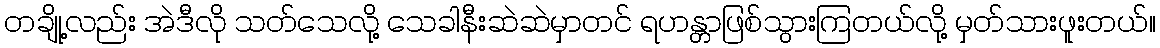
တချို့လည်း အဲဒီလို သတ်သေလို့ သေခါနီးဆဲဆဲမှာတင် ရဟန္တာဖြစ်သွားကြတယ်လို့ မှတ်သားဖူးတယ်။